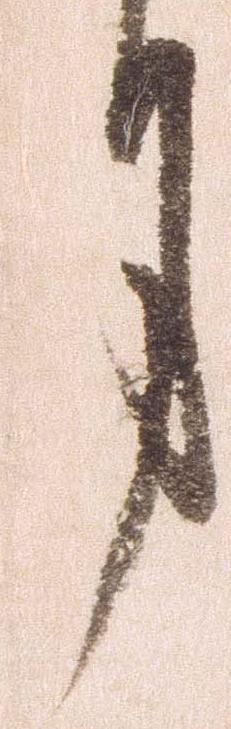
月